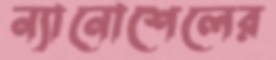
ন্যানোশেলের